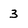
Character: 3